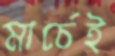
মার্চেই